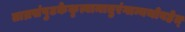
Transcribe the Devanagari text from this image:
ताम्रसंपुटकेकृत्वामातुरंगान्यथोवहेत्